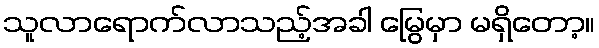
သူလာရောက်လာသည့်အခါ မြွေမှာ မရှိတော့။